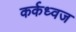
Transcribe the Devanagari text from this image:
कर्कध्वज